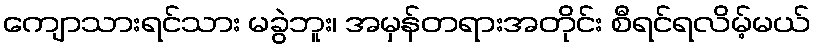
ကျောသားရင်သား မခွဲဘူး၊ အမှန်တရားအတိုင်း စီရင်ရလိမ့်မယ်